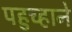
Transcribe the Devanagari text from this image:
पहुच्हाने